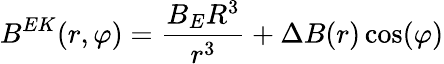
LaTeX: B^{EK}(r,\varphi)=\frac{B_{E}R^{3}}{r^{3}}+\Delta B(r)\cos(\varphi)